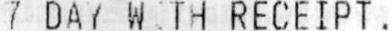
7 DAY WITH RECEIPT .